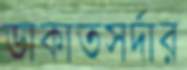
ডাকাতসর্দার